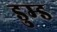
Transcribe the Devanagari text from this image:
डुम्ड